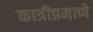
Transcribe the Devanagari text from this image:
कात्रीप्रमाणे